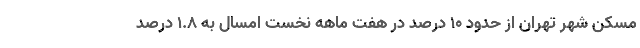
مسکن شهر تهران از حدود ۱۰ درصد در هفت ماهه نخست امسال به ۱.۸ درصد